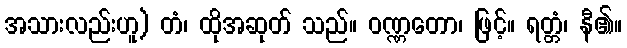
အသားလည်းဟူ) တံ၊ ထိုအဆုတ် သည်။ ဝဏ္ဏတော၊ ဖြင့်။ ရတ္တံ၊ နီ၏။